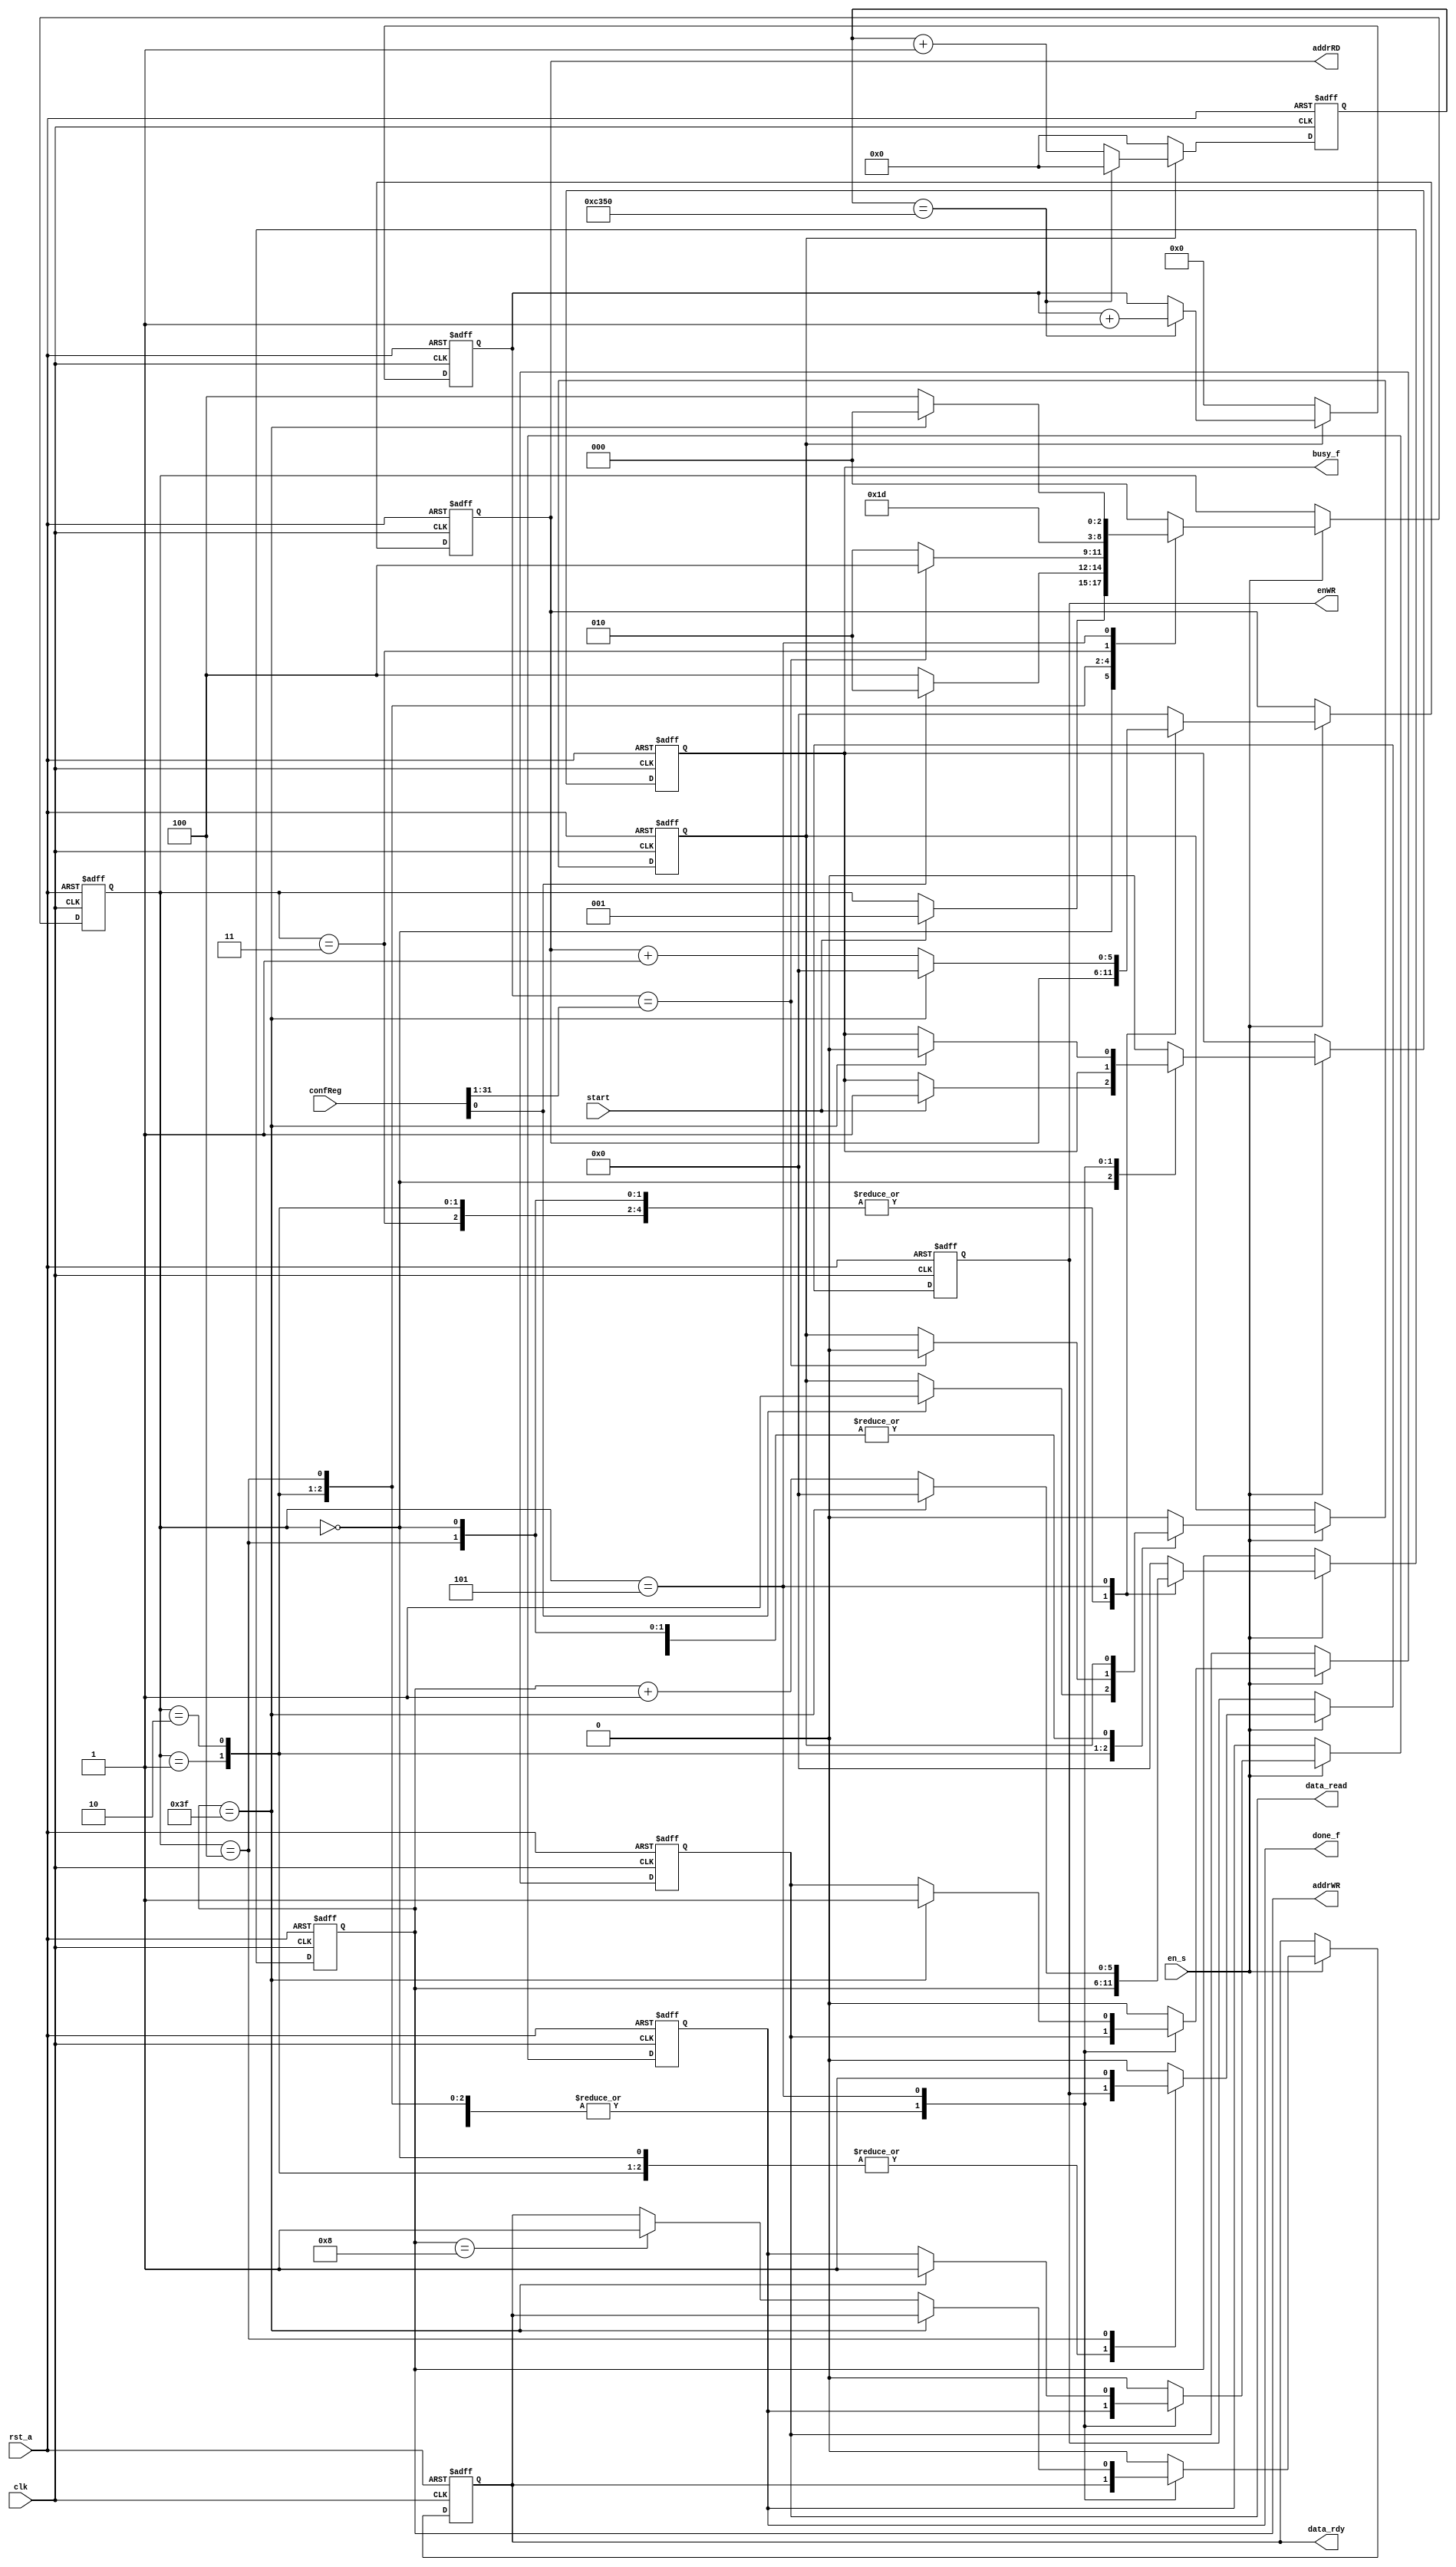
module ID00001001_dummyCtrl
(
  clk,
  rst_a,
  en_s,

  start,

  confReg,

  addrRD,

  addrWR,
  enWR,

  done_f,
  data_rdy,
  data_read,

  busy_f
);

  parameter ADDR_WIDTH_MEMI = 'd6;
	parameter ADDR_WIDTH_MEMO = 'd6;
	parameter SIZE_CR = 'd1;

  localparam DATA_WIDTH = 'd32;

  input wire clk;
  input wire rst_a;
  input wire en_s;

  input wire start;

  input wire [(SIZE_CR*DATA_WIDTH)-1:0] confReg;

  output reg [ADDR_WIDTH_MEMI-1:0] addrRD;

  output reg [ADDR_WIDTH_MEMO-1:0] addrWR;
  output reg enWR;

  output reg busy_f;
  output reg data_rdy;
  output reg data_read;

  output reg done_f;

  localparam STANDBY = 'd0;
  localparam CONFIG = 'd1;
  localparam DELAY = 'd2;
  localparam IP_PROC = 'd3;
  localparam WAIT_B = 'd4;
  localparam WAIT_A = 'd5;
  localparam EN_DELAY = 1'b1;
  localparam WAIT = 4'hF;

  reg [2:0] state;
  reg [15:0] count_b;
  reg [31:0] count;
  reg en_count;

  /* counter for delay */
  always @(posedge clk or negedge rst_a) begin
    if(!rst_a) begin
      count <= 'd0;
      count_b <= 'd0;
    end
    else begin
      if(en_count) begin
        if (count_b == 16'hC350) begin
          count <= count + 1'b1;
          count_b <= 'd0;
        end
        else begin
          count_b <= count_b + 1'b1;
        end
      end
      else begin
        count <= 'd0;
        count_b <= 'd0;
      end
    end
  end

  always @(posedge clk or negedge rst_a) begin
    if (!rst_a) begin
      state <= STANDBY;
      addrRD <= 'd0;
      addrWR <= 'd0;
      enWR <= 1'b0;
      busy_f <= 1'b0;
      done_f <= 1'b0;
      data_rdy <= 1'b0;
      data_read <= 1'b0;
      en_count <= 'd0;
    end
    else begin
      if (en_s) begin
        case (state)
          STANDBY: begin
            if (start) begin
              state <= CONFIG;
              busy_f <= 1'b1;
            end
            done_f <= 1'b0;
            data_rdy <= 1'b0;
            data_read <= 1'b0;
          end // STANDBY
          CONFIG: begin
            if (confReg[0] == EN_DELAY) begin
              state <= DELAY;
              en_count <= 1'b1;
            end
            else begin
              state <= WAIT_B;
            end
          end // CONFIG
          DELAY: begin
            if (count == confReg[31:1]) begin //delay in milliseconds
              state <= WAIT_B;
              en_count <= 1'b0;
            end
            else begin
              state <= DELAY;
            end
          end // DELAY
          WAIT_B: begin
              state <= IP_PROC;
              enWR <= 1'b1;
          end // WAIT_B
          IP_PROC: begin
            state <= WAIT_A;
            enWR <= 1'b0;
          end // IP_PROC
          WAIT_A: begin
            if (addrWR == {ADDR_WIDTH_MEMO{1'b1}}) begin
              state <= STANDBY;
              addrRD <= 'd0;
              addrWR <= 'd0;
              enWR <= 1'b0;
              busy_f <= 1'b0;
              done_f <= 1'b1;
              data_read <= 1'b1;
            end
            else begin
              if (addrWR == 'd8)
                data_rdy <= 1'b1;
              state <= WAIT_B;
              addrRD <= addrRD + 1'b1;
              addrWR <= addrWR + 1'b1;
              enWR <= 1'b0;
            end
          end // WAIT_A
          default: begin
            state <= STANDBY;
            addrRD <= 'd0;
            addrWR <= 'd0;
            enWR <= 1'b0;
            busy_f <= 1'b0;
            done_f <= 1'b0;
            data_rdy <= 1'b0;
            data_read <= 1'b0;
            en_count <= 'd0;
          end // default
        endcase
      end
    end
  end

endmodule